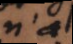
n’a